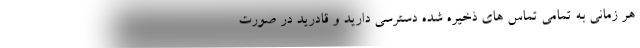
هر زمانی به تمامی تماس های ذخیره شده دسترسی دارید و قادرید در صورت